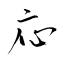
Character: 応